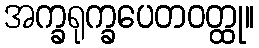
အက္ခရုက္ခပေတဝတ္ထု။